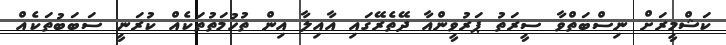
ކަޝްމީރަށް ނިސްބަތްވާ ސީރަތު ޕަރުވީންއާ ދޭތެރޭގައި އާއިލާ އިން ތުހުމަތުތަކެއް ކުރަނީ ސަބަބުތަކެއް